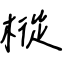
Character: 樅